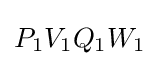
P_{1}V_{1}Q_{1}W_{1}